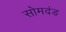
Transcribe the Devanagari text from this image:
सोमदंड